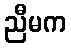
ညီမက